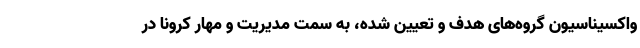
واکسیناسیون گروه‌های هدف و تعیین شده، به سمت مدیریت و مهار کرونا در